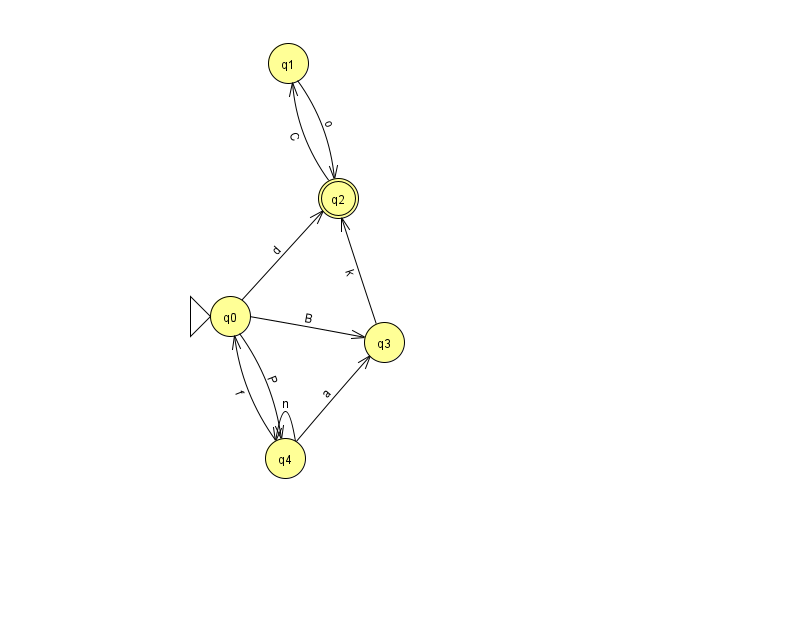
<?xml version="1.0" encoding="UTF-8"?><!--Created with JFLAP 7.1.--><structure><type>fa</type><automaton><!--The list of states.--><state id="0" name="q0"><x>230.0</x><y>303.0</y><initial/></state><state id="1" name="q1"><x>288.0</x><y>50.0</y></state><state id="2" name="q2"><x>338.0</x><y>185.0</y><final/></state><state id="3" name="q3"><x>384.0</x><y>329.0</y></state><state id="4" name="q4"><x>285.0</x><y>445.0</y></state><!--The list of transitions.--><transition><from>4</from><to>0</to><read>f</read></transition><transition><from>0</from><to>3</to><read>B</read></transition><transition><from>0</from><to>4</to><read>P</read></transition><transition><from>4</from><to>3</to><read>a</read></transition><transition><from>1</from><to>2</to><read>o</read></transition><transition><from>3</from><to>2</to><read>k</read></transition><transition><from>0</from><to>2</to><read>d</read></transition><transition><from>2</from><to>1</to><read>C</read></transition><transition><from>4</from><to>4</to><read>n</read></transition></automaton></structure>